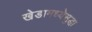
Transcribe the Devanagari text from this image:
खेडामध्येसुद्धा